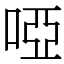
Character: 啞